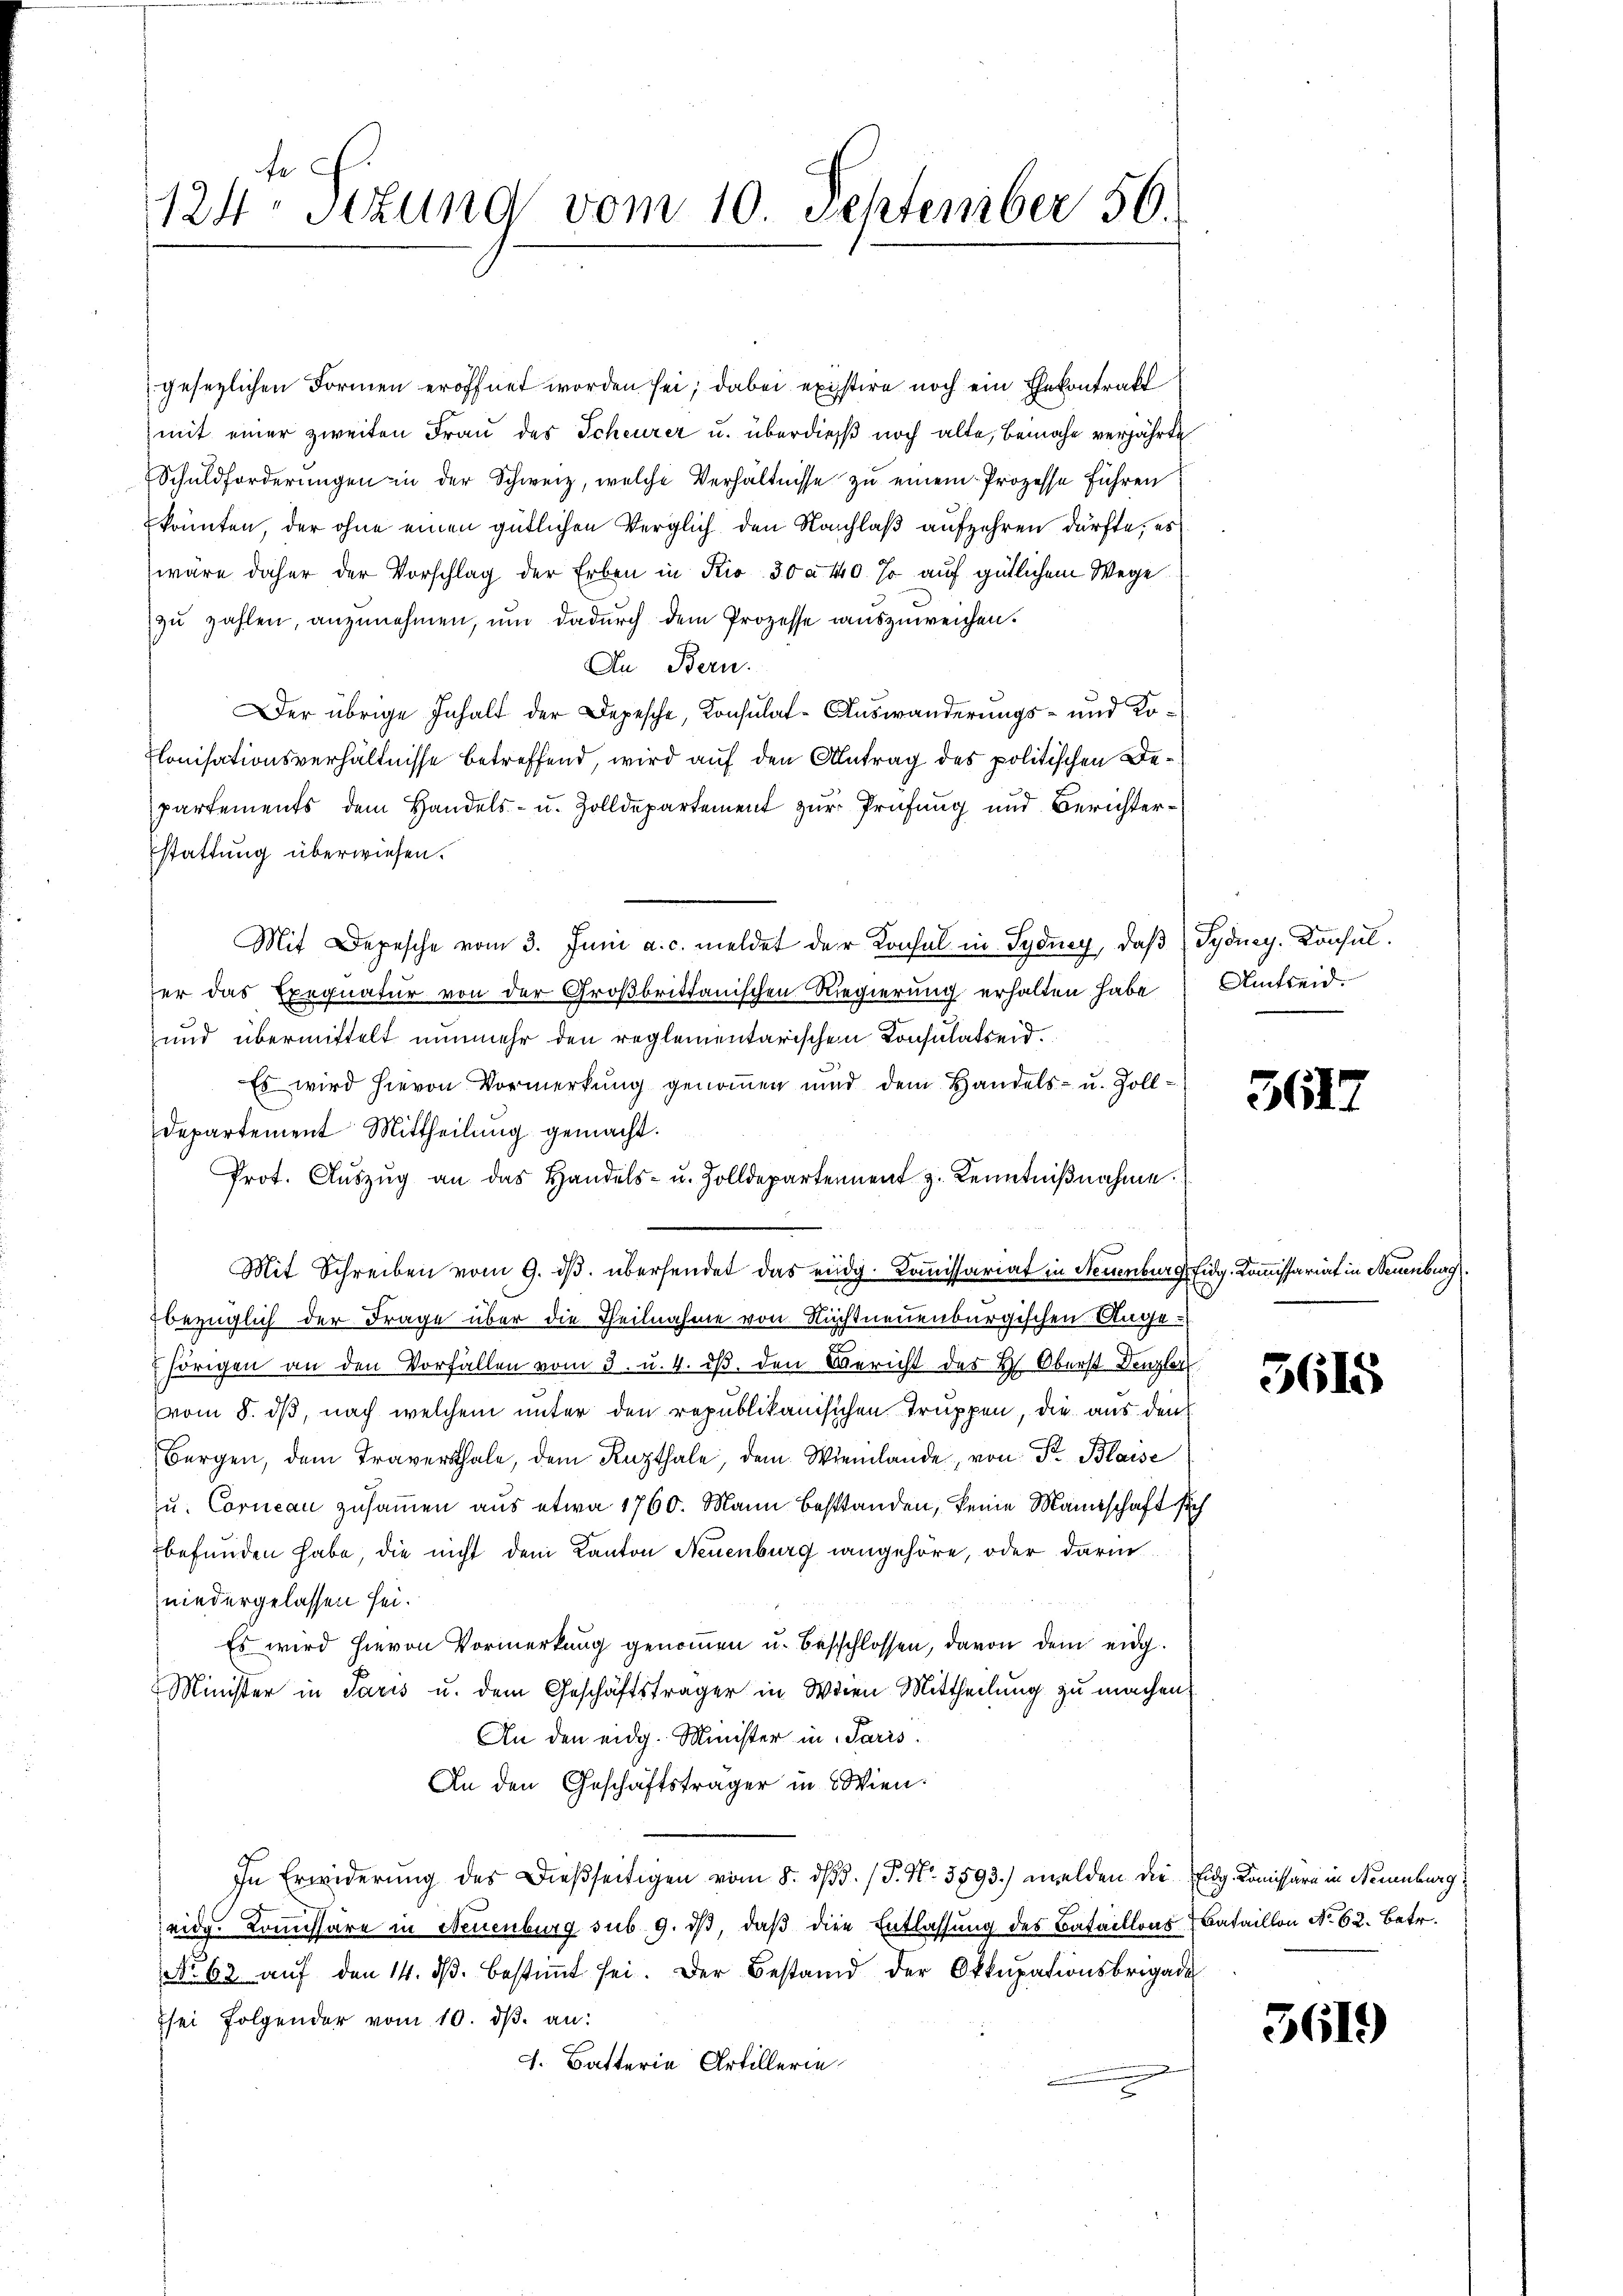
fe
124 Stzung vom 10. September 56.

gesezlichen Formen eröffnet worden sei; dabei existire noch ein Ehekontrakt
mit einer zweiten Frau des Scheurer u. überdieß noch alte, beinahe verjährte
Schuldforderŭngen in der Schweiz, welche Verhältnisse zu einem Prozesse führen
könnten, der ohne einen gütlichen Verglich den Nachlaß aufzehren dürfte; es
wäre daher der Vorschlag der Erben in Kio 30 à 410. Ja auf gütlichem Wege
zu zahlen, anzunehmen, um dadurch dem Prozesse auszuweichen.
An Bern.
Der übrige Inhalt der Depesche, Konsulat-Auswanderungs- und Kolonisationsverhältnisse betreffend, wird auf den Antrag des politischen Departements dem Handels- u. Zolldepartement zur Prüfung und Berichterstattung überwiesen.
Mit Depesche vom 3. Juni a. c. meldet der Konsul in Sydung, daβ Pydney. Konsul
er das Exequatur von der Großbrittanischen Regierŭng erhalten habe Umtreid.
und übermittelt nunmehr den reglementarischen Consulatseid.
Es wird hievon Vormerkung genommen und dem Handels- u. Zoll-
Departement Mittheilung gemacht.
Prot. Aŭszŭg an das Handels- u. Zolldepartement z. Kenntniβnahme.
Mit Schreiben vom 9. dβ übersendet das eidg. Kommissariat in Neuenburg, Eidg. Kommissariat in Neuenburg
bezüglich der Frage über die Theilnahme von Nächtneuenburgischen Ange-
hörigen an den Vorfällen vom 3. u. 4. dβ. den Bericht der H. Oberst Denzler
vom 8. ds, nach welchem unter den republikanisichen Truppen, die aus den
Bergen, dem Traverthale, dem Kapthale, dem Wielande, von Fr. Blaise
zu. Cornican zusammen aus etwa 1760. Mann besstanden, keine Mannschaft sich
befunden habe, die nicht dem Kanton Neuenburg angehöre, oder darin
niedergelassen sei.
Es wird hievon Vormerkung genommen u. beschlossen, davon dem eidg.
Minister in Paris u. dem Geschäftsträger in Wien Mittheilung zu machen.
An den eidg. Minister in Paris.
An den Geschäftsträger in Wien.
In Erwiderŭng des Dieβseitigen vom 8. dβ. / P. Nr. 3593) melden die Eidg. Komissäre in Neuenburg
eidg. Kommissäre in Neuenburg sub 9. dβ, daß die Entlassung des Bataillons Bataillon No 62. Betr.
No 63 aŭf den 14. dβ. bestimmt sei. Der Bestand der Okkupationsbrigade
sei folgender vom 10. dβ an:
J. Batteria Artillerie

3617

5615

5619